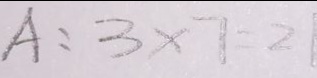
A : 3 \times 7 = 2 1